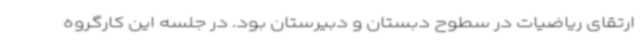
ارتقای ریاضیات در سطوح دبستان و دبیرستان بود. در جلسه این کارگروه